Report on vaccination North-West Frontier Province 1904-1922 - 1904-1922
Year: 1904
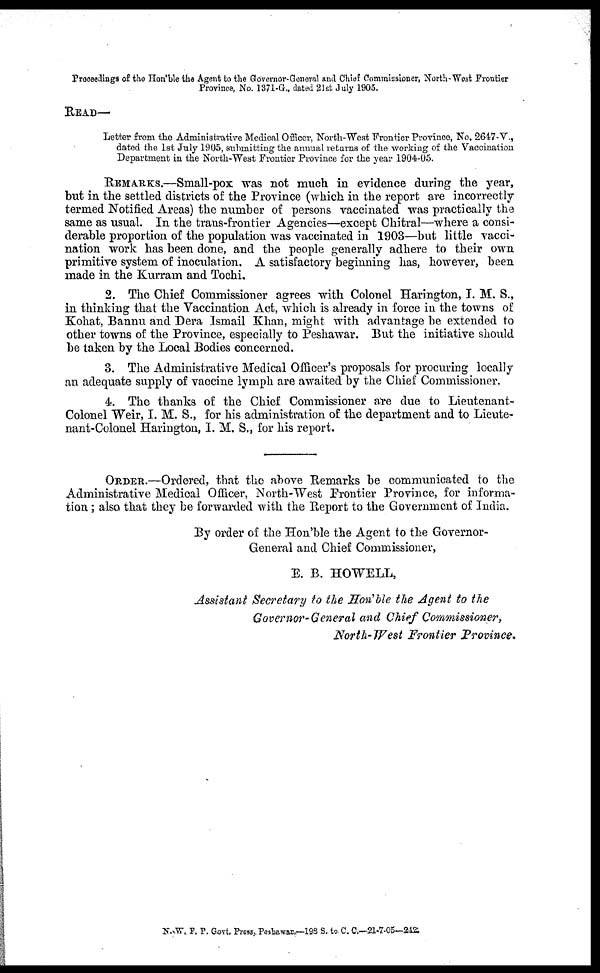
Proceedings of the Hon'ble the Agent to the Governor-General and Chief Commissioner, North-West Frontier
Province, No. 1371-G., dated 21st July 1905.
READ—
Letter from the Administrative Medical Officer, North-West Frontier Province, No. 2647-V.,
dated the 1st July 1905, submitting the annual returns of the working of the Vaccination
Department in the North-West Frontier Province for the year 1904-05.
REMARKS.—Small-pox was not much in evidence during the year,
but in the settled districts of the Province (which in the report are incorrectly
termed Notified Areas) the number of persons vaccinated was practically the
same as usual. In the trans-frontier Agencies—except Chitral—where a consi-
derable proportion of the population was vaccinated in 1903—but little vacci-
nation work has been done, and the people generally adhere to their own
primitive system of inoculation. A satisfactory beginning has, however, been
made in the Kurram and Tochi.
2. The Chief Commissioner agrees with Colonel Harington, I. M. S.,
in thinking that the Vaccination Act, which is already in force in the towns of
Kohat, Bannu and Dera Ismail Khan, might with advantage be extended to
other towns of the Province, especially to Peshawar. But the initiative should
be taken by the Local Bodies concerned.
3. The Administrative Medical Officer's proposals for procuring locally
an adequate supply of vaccine lymph are awaited by the Chief Commissioner.
4. The thanks of the Chief Commissioner are due to Lieutenant-
Colonel Weir, I. M. S., for his administration of the department and to Lieute-
nant-Colonel Harington, I. M. S., for his report.
ORDER.—Ordered, that the above Remarks be communicated to the
Administrative Medical Officer, North-West Frontier Province, for informa-
tion ; also that they be forwarded with the Report to the Government of India.
By order of the Hon'ble the Agent to the Governor-
General and Chief Commissioner,
E. B. HOWELL,
Assistant Secretary to the Hon'ble the Agent to the
Governor-General and Chief Commissioner,
North-West Frontier Province.
N.W.F.P. Govt. Press, Peshawar.—198 S. to. C. C.—21-7-05—242.